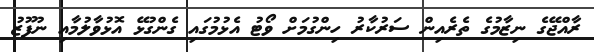
ރާއްޖޭގެ ނިޒާމުގެ ތެރެއިން ސަރުކާރު ހިންގުމަށް ވޯޓު އެޅުމުގައި ގެންގުޅޭ އޮޅުވާލުމާއި ނުފޫޒު